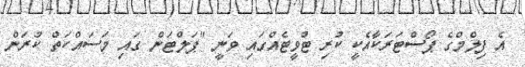
އެ ފިލްމްގެ ޕޯސްޓަރަކާއެކީ ކުރި ޓްވީޓެއްގައި ވަނީ "ޕަލްޓަން ގައި މަސައްކަތް ކުރަން